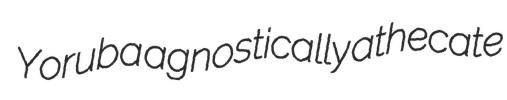
Yoruba agnostically athecate